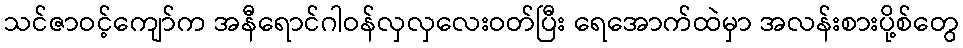
သင်ဇာဝင့်ကျော်က အနီရောင်ဂါဝန်လှလှလေးဝတ်ပြီး ရေအောက်ထဲမှာ အလန်းစားပို့စ်တွေ